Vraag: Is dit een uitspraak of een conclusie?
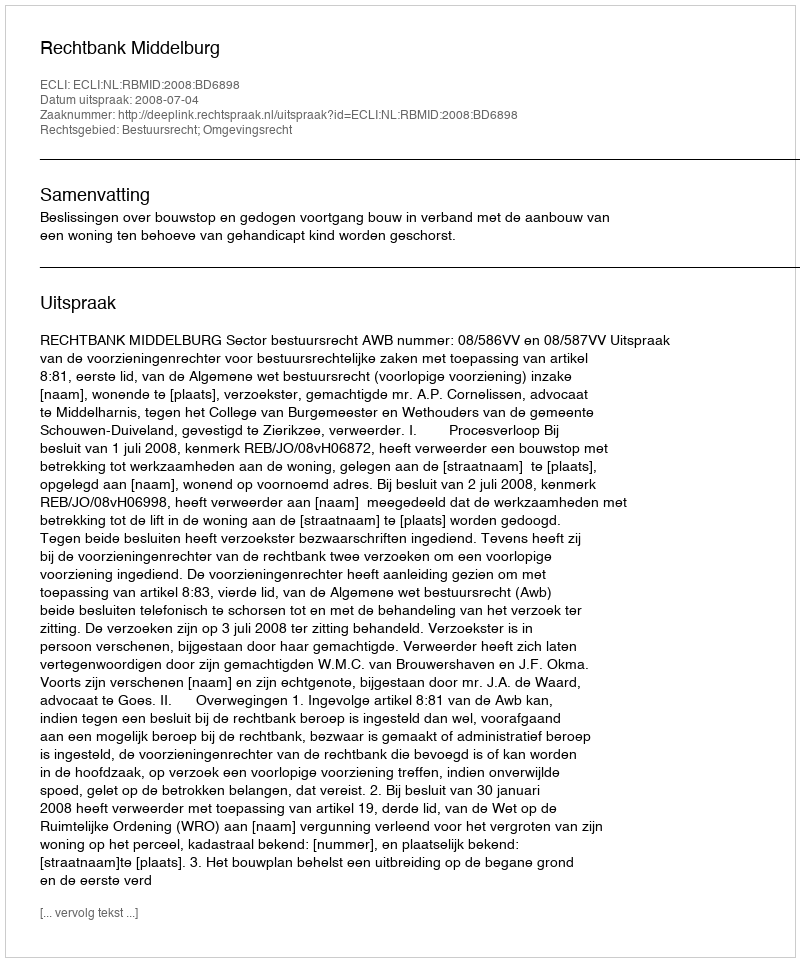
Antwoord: Uitspraak